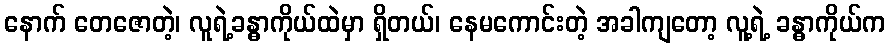
နောက် တေဇောတဲ့၊ လူရဲ့ခန္ဓာကိုယ်ထဲမှာ ရှိတယ်၊ နေမကောင်းတဲ့ အခါကျတော့ လူ့ရဲ့ ခန္ဓာကိုယ်က